Report of cholera committee
Disease focus: Cholera
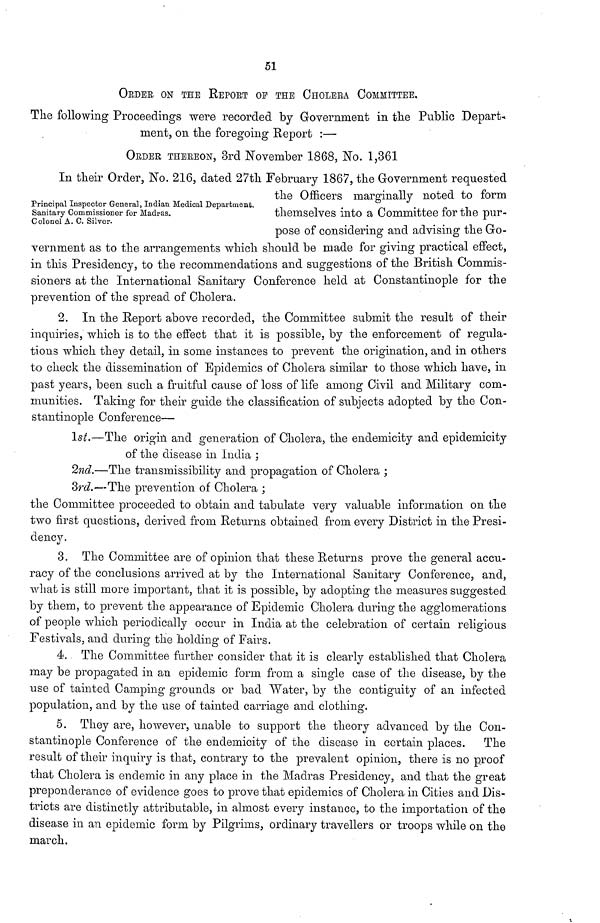
51
ORDER ON THE REPORT OF THE CHOLERA COMMITTEE,
The following Proceedings were recorded by Government in the Public Depart-
ment, on the foregoing Report :—
ORDER THEREON, 3rd November 1868, No. 1,361
Principal Inspector General, Indian Medical Department.
Sanitary Commissioner for Madras.
Colonel A. C, Silver.
In their Order, No. 216, dated 27th February 1867, the Government requested
the Officers marginally noted to form
themselves into a Committee for the pur-
pose of considering and advising the Go-
vernment as to the arrangements which should be made for giving practical effect,
in this Presidency, to the recommendations and suggestions of the British Commis-
sioners at the International Sanitary Conference held at Constantinople for the
prevention of the spread of Cholera.
2. In the Report above recorded, the Committee submit the result of their
inquiries, which is to the effect that it is possible, by the enforcement of regula-
tions which they detail, in some instances to prevent the origination, and in others
to check the dissemination of Epidemics of Cholera similar to those which have, in
past years, been such a fruitful cause of loss of life among Civil and Military com-
munities. Taking for their guide the classification of subjects adopted by the Con-
stantinople Conference—
1st.—The origin and generation of Cholera, the endemicity and epidemicity
of the disease in India ;
2nd.—The transmissibility and propagation of Cholera ;
3rd.—The prevention of Cholera ;
the Committee proceeded to obtain and tabulate very valuable information on the
two first questions, derived from Returns obtained from every District in the Presi-
dency.
3. The Committee are of opinion that these Returns prove the general accu-
racy of the conclusions arrived at by the International Sanitary Conference, and,
what is still more important, that it is possible, by adopting the measures suggested
by them, to prevent the appearance of Epidemic Cholera during the agglomerations
of people which periodically occur in India at the celebration of certain religious
Festivals, and during the holding of Fairs.
4. The Committee further consider that it is clearly established that Cholera
may be propagated in an epidemic form from a single case of the disease, by the
use of tainted Camping grounds or bad Water, by the contiguity of an infected
population, and by the use of tainted carriage and clothing.
5. They are, however, unable to support the theory advanced by the Con-
stantinople Conference of the endemicity of the disease in certain places. The
result of their inquiry is that, contrary to the prevalent opinion, there is no proof
that Cholera is endemic in any place in the Madras Presidency, and that the great
preponderance of evidence goes to prove that epidemics of Cholera in Cities and Dis-
tricts are distinctly attributable, in almost every instance, to the importation of the
disease in an epidemic form by Pilgrims, ordinary travellers or troops while on the
march.